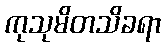
ကုသုမိတသိခရာ